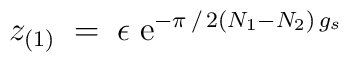
z_{(1)} \;=\; \epsilon \;{\rm e}^{- \pi\,/\,2 (N_1 - N_2)\,g_s}